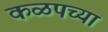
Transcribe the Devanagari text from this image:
कळपच्या